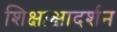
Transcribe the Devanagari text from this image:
शिक्षाक्षादर्शन